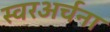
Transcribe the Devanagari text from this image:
स्वरअर्चना